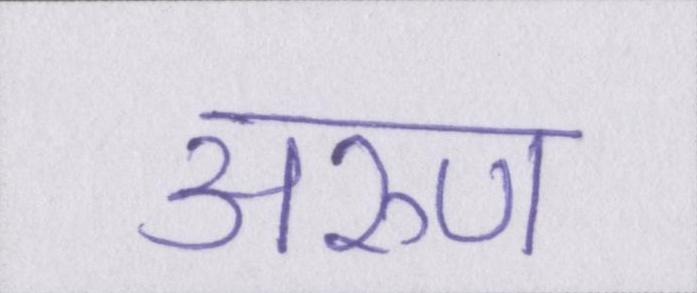
अरुण